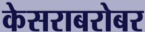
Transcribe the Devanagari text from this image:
केसराबरोबर